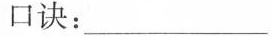
口诀：___